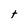
Character: t